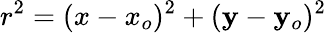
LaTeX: r^{2}=(x-x_{o})^{2}+(\mathbf{y}-\mathbf{y}_{o})^{2}